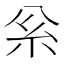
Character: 𥾈